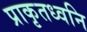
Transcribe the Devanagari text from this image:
प्राकृतध्वनि